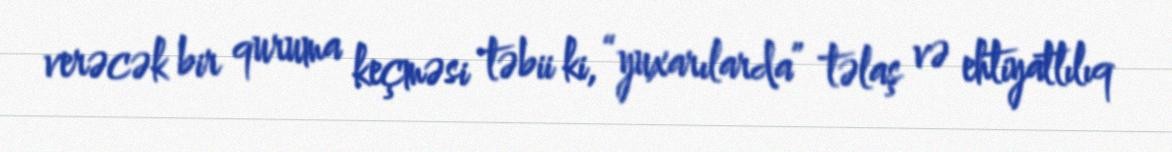
verəcək bir quruma keçməsi təbii ki, “yuxarılarda” təlaş və ehtiyatlılıq